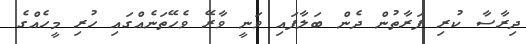
ދިރާސާ ކުރި ފަރާތުން ދެން ބަލާފައި ވަނީ ވާރޭ ވެހޭތަނެއްގައި ހުރި މީހެއްގެ